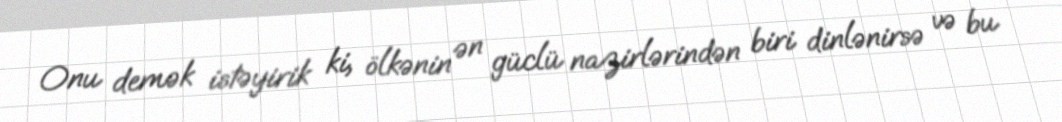
Onu demək istəyirik ki, ölkənin ən güclü nazirlərindən biri dinlənirsə və bu